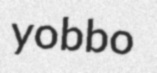
yobbo